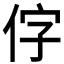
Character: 𪜸